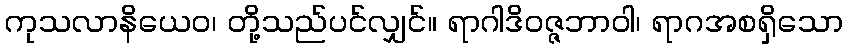
ကုသလာနိယေဝ၊ တို့သည်ပင်လျှင်။ ရာဂါဒိဝဇ္ဇဘာဝါ၊ ရာဂအစရှိသော